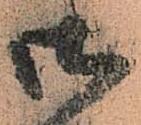
御